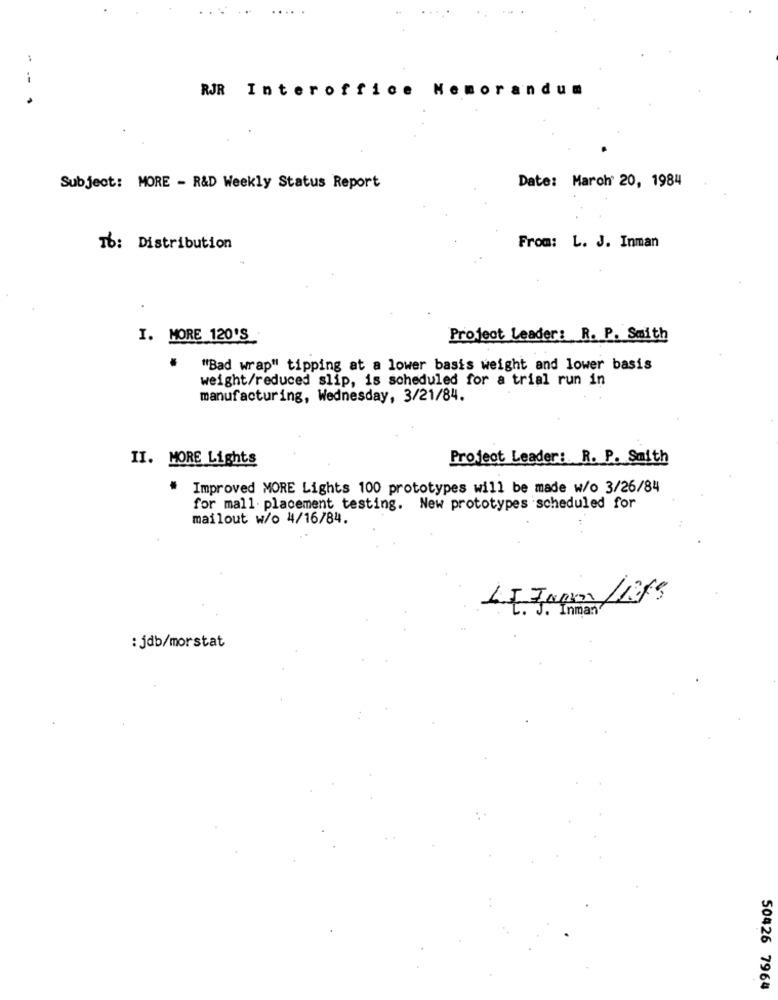
. .
--
RJR Interoffice Memorandum
Subject: MORE - R&D Weekly Status Report
Date: March' 20, 1984
TO: Distribution
From: L. J. Inman
I. MORE 120'S
Project Leader: R. P. Smith
"Bad wrap" tipping at a lower basis weight and lower basis
weight/reduced slip, is scheduled for a trial run in
manufacturing, Wednesday, 3/21/84.
II. MORE Lights
Project Leader: R. P. Smith
# Improved MORE Lights 100 prototypes will be made w/o 3/26/84
for mall. placement testing. New prototypes scheduled for
mailout w/o 4/16/84.
Inman
:jdb/morstat
50426 7964